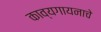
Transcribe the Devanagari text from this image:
काव्यगायनाचे